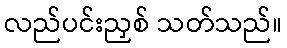
လည်ပင်းညှစ် သတ်သည်။